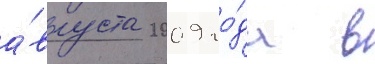
а́вгуста 2009 го́да в